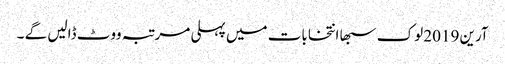
آرین 2019 لوک سبھا انتخابات میں پہلی مرتبہ ووٹ ڈالیں گے ۔